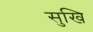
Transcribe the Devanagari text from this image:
सुखि